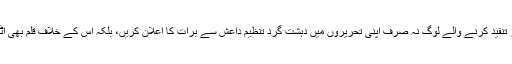
بہتر ہے، خلافت، پان اسلام ازم اور جمہوریت کے مختلف پہلوئوں پر تنقید کرنے والے لوگ نہ صرف اپنی تحریروں میں دہشت گرد تنظیم داعش سے برأت کا اعلان کریں، بلکہ اس کے خلاف قلم بھی اٹھائیں تاکہ ان کے مکاتب فکرکو شدت پسندوں سے الگ کیا جاسکے۔